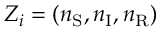
Z _ { i } = ( n _ { \mathrm { S } } , n _ { \mathrm { I } } , n _ { \mathrm { R } } )